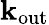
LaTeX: \mathbf{k}_{\textrm{out}}